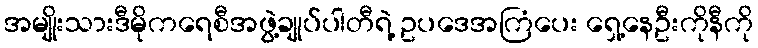
အမျိုးသားဒီမိုကရေစီအဖွဲ့ချုပ်ပါတီရဲ့ ဥပဒေအကြံပေး ရှေ့နေဦးကိုနီကို